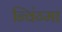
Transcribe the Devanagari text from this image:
न्विंग्मा